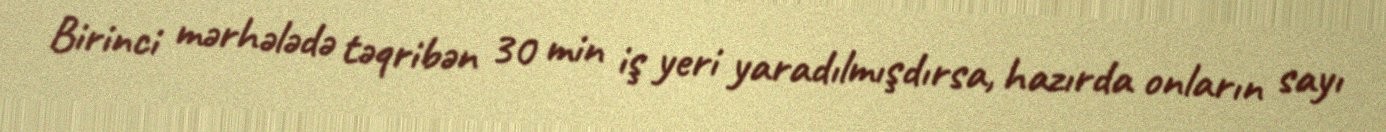
Birinci mərhələdə təqribən 30 min iş yeri yaradılmışdırsa, hazırda onların sayı